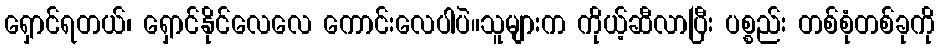
ရှောင်ရတယ်၊ ရှောင်နိုင်လေလေ ကောင်းလေပါပဲ။သူများက ကိုယ့်ဆီလာပြီး ပစ္စည်း တစ်စုံတစ်ခုကို